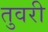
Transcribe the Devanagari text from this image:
तुवरी